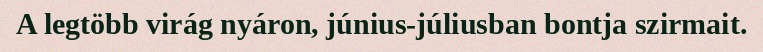
A legtöbb virág nyáron, június-júliusban bontja szirmait.